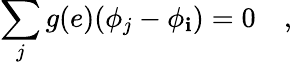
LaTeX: \sum_{j}g(e)(\phi_{j}-\phi_{\mathbf{i}})=0\quad,